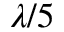
\lambda / 5